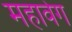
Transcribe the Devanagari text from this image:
महावेग